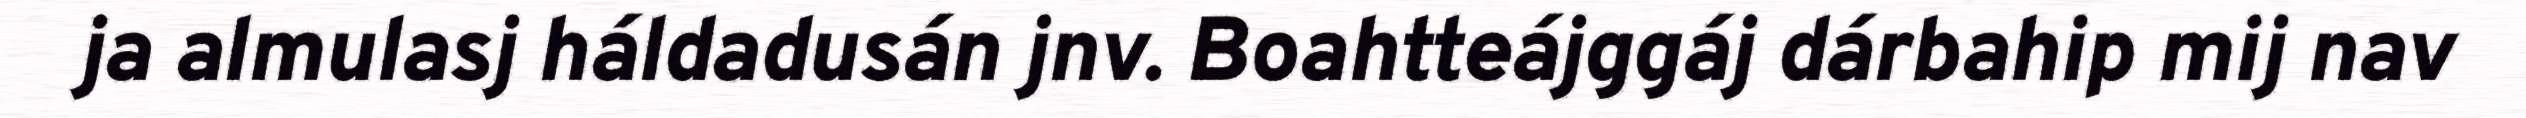
ja almulasj háldadusán jnv. Boahtteájggáj dárbahip mij nav